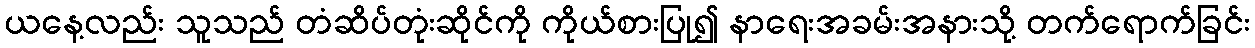
ယနေ့လည်း သူသည် တံဆိပ်တုံးဆိုင်ကို ကိုယ်စားပြု၍ နာရေးအခမ်းအနားသို့ တက်ရောက်ခြင်း